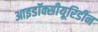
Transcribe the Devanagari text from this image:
आइडॉक्सीयूरिडीन